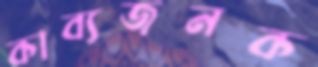
কাব্যজনক